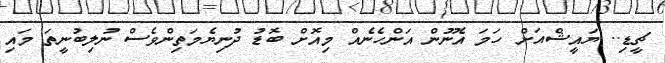
ޗީޑި.. ޔައީޝްއަށް ހަމަ އެނޫން އަންހެނެއް މިއޮށް ބޮޑު ދުނިޔެމަތިންވެސް ނުލިބުނީތަ މައި